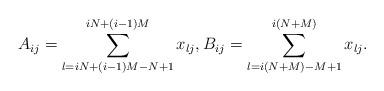
LaTeX: \begin{align*}A_{ij}=\sum^{iN+(i-1)M}_{l=iN+(i-1)M-N+1}x_{lj},B_{ij}=\sum^{i(N+M)}_{l=i(N+M)-M+1}x_{lj}.\end{align*}